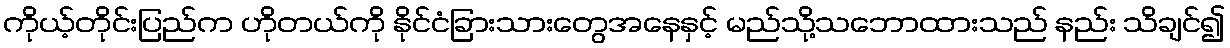
ကိုယ့်တိုင်းပြည်က ဟိုတယ်ကို နိုင်ငံခြားသားတွေအနေနှင့် မည်သို့သဘောထားသည် နည်း သိချင်၍